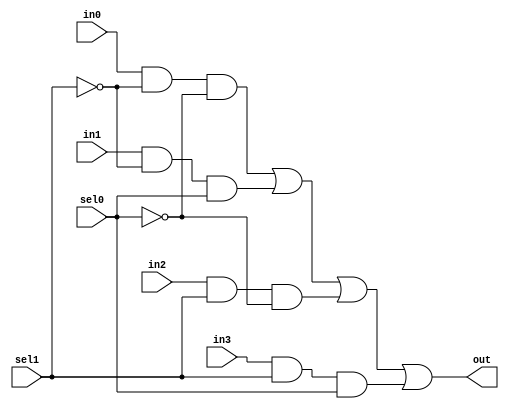
module mux_4_1(
    output out,
    input in0,
    input in1,
    input in2,
    input in3,
    input sel0,
    input sel1
);

    wire notsel0;
    wire notsel1;
    wire y0;
    wire y1;
    wire y2;
    wire y3;

    not(notsel0, sel0);
    not(notsel1, sel1);

    and(y0, in0, notsel1, notsel0);
    and(y1, in1, notsel1, sel0);
    and(y2, in2, sel1, notsel0);
    and(y3, in3, sel1, sel0);

    or(out, y0, y1, y2, y3);

endmodule